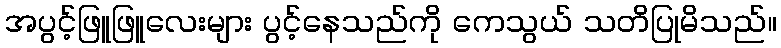
အပွင့်ဖြူဖြူလေးများ ပွင့်နေသည်ကို ကေသွယ် သတိပြုမိသည်။